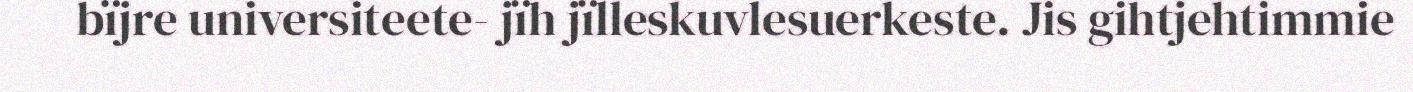
bïjre universiteete- jïh jïlleskuvlesuerkeste. Jis gihtjehtimmie